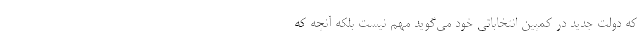
که دولت جدید در کمپین انتخاباتی خود می‌گوید مهم نیست بلکه آنچه که